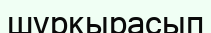
шұркырасып